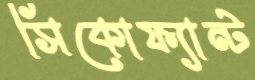
সিকোফ্যান্ট